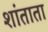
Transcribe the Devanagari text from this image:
शांताता